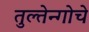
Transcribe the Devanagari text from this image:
तुल्तेन्गोचे